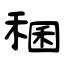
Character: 稛